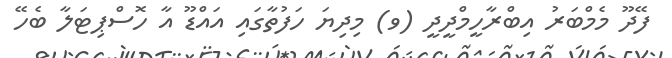
ފޭދޫ މެމްބަރު އިބްރާހީމްދީދީ (ވ) މިދިޔަ ހަފުތާގައި އައްޑޫ އާ ހޮސްޕިޓަލާ ބެހޭ